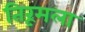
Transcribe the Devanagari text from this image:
तिरूमला